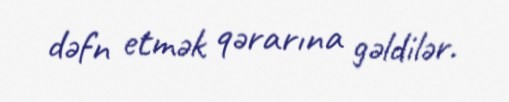
dəfn etmək qərarına gəldilər.